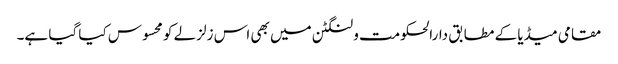
مقامی میڈیا کے مطابق دارالحکومت ولنگٹن میں بھی اس زلزلے کو محسوس کیا گیا ہے۔